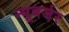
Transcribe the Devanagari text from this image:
न्यूबर्जर